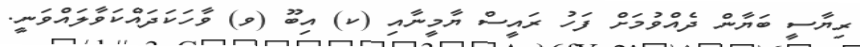
ރިޔާސީ ބަޔާން ދެއްވުމަށް ފަހު ރައީސް ޔާމީނާއި (ކ) އިބޫ (ވ) ވާހަކަދައްކަވާލައްވަނީ.